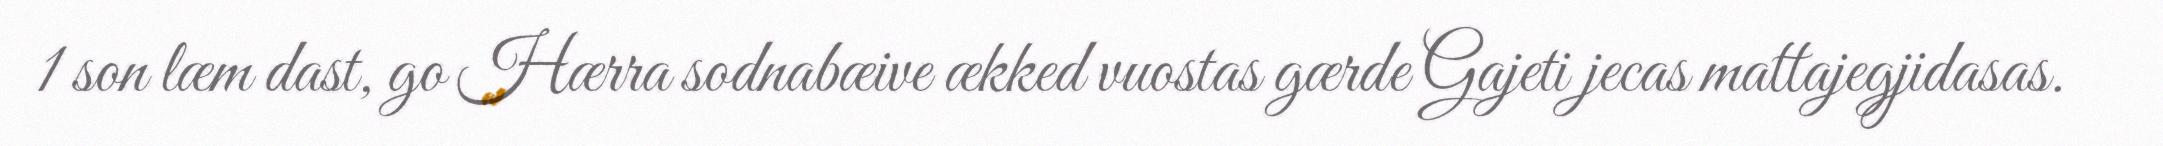
1 son læm dast, go Hærra sodnabæive ækked vuostas gærde Gajeti jecas mattajegjidasas.